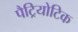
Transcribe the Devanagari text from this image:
पैट्रियोटिक